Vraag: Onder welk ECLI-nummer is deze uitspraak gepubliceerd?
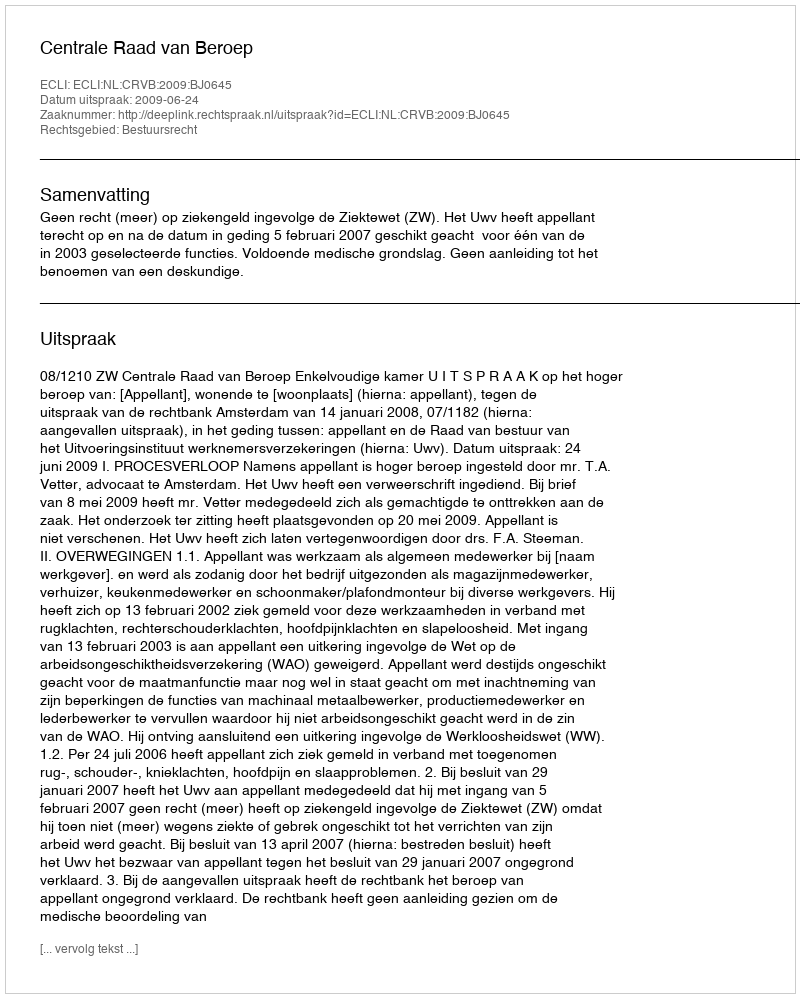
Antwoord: ECLI:NL:CRVB:2009:BJ0645